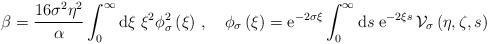
\begin{align*}\beta=\frac{16\sigma^2\eta^2}{\alpha}\int_0^\infty{\rm d}\xi\;\xi^2\phi_\sigma^2\left(\xi\right)\,,\quad\phi_\sigma\left(\xi\right)={\rm e}^{-2\sigma\xi}\int_0^\infty{\rm d} s\;{\rm e}^{-2\xi s}\,{\cal V}_\sigma\left(\eta,\zeta,s\right)\end{align*}